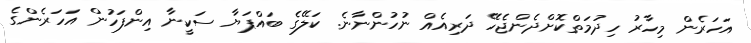
އަހަރެން މިހާރު ހިދުމަތްކޮށްދެންޖެހޭ ދަރިއެއް ނުހުންނާނެ. ކަލޭގެ ބައްޕަޔާ ސަކީނާ އިންފަހުން އަހަރެންގެ